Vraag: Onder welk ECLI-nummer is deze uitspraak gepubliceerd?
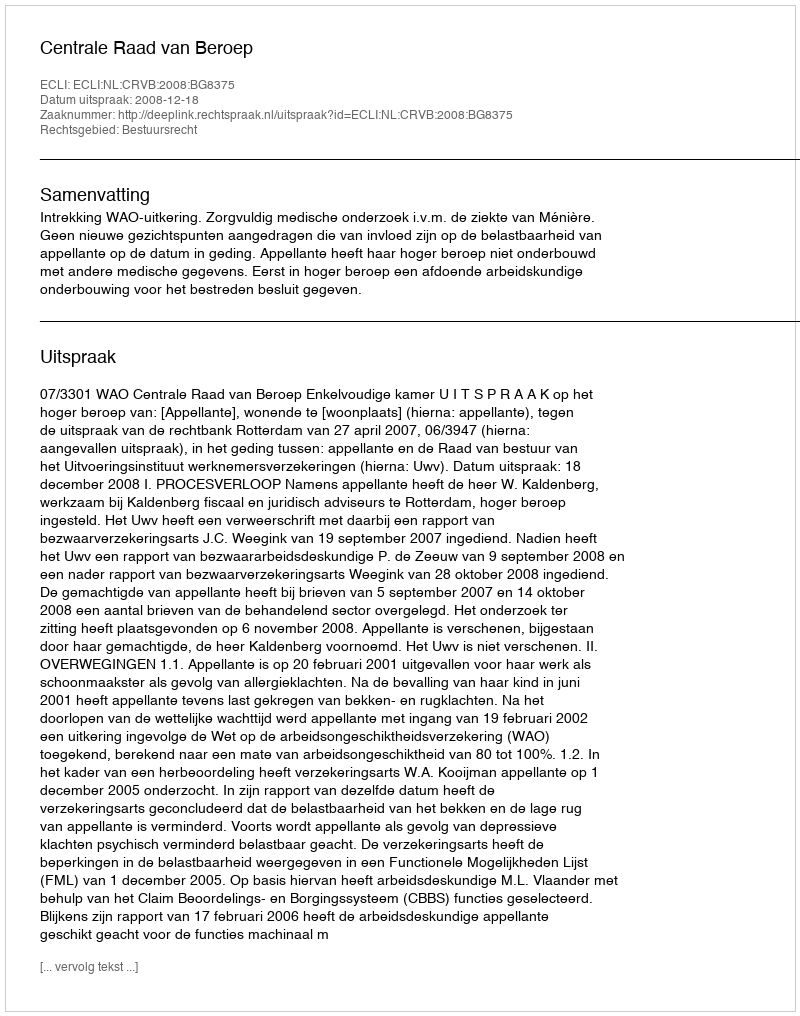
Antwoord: ECLI:NL:CRVB:2008:BG8375